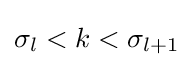
\sigma _{l}<k<\sigma _{l+1}